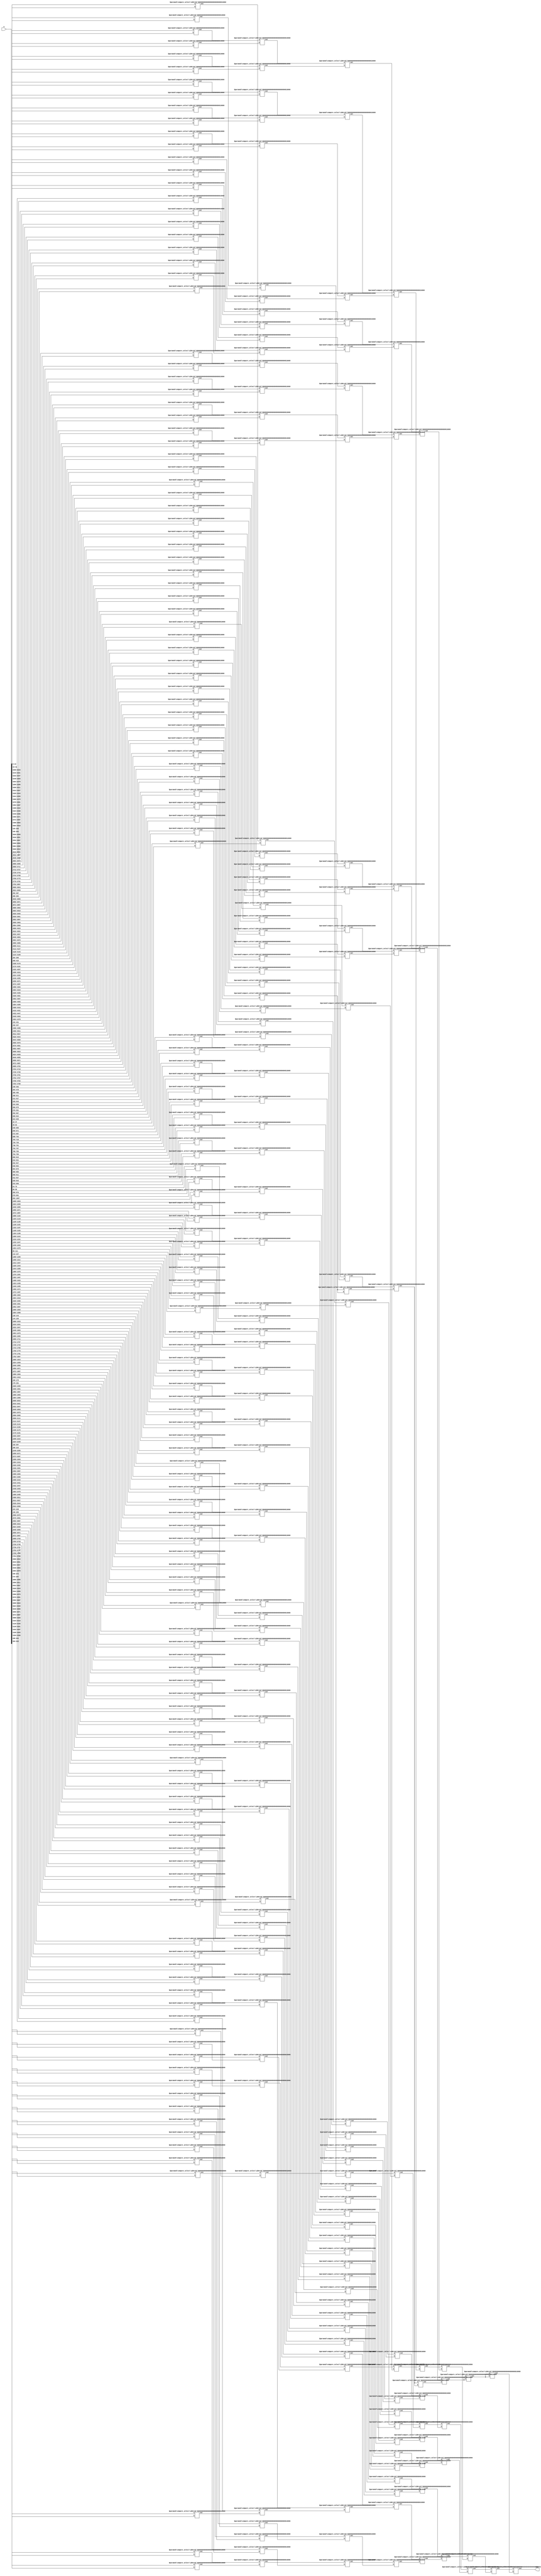
`timescale 1ns / 1ps

module max#(parameter NUM = 300, LEN = 16, LEVEL = $clog2(NUM) ) (
    input  [NUM*LEN-1:0] a,
    output [LEN-1:0] max
    );
    // C&S
    wire [LEN-1:0] a_inner[NUM-1:0]; 
    reg  [LEN-1:0] max_inner;
    genvar i;
    for ( i = 0; i < NUM ; i = i + 1)
    begin
        assign a_inner[i]=a[(i+1)*LEN-1:i*LEN];
    end
   
// 
//    reg  [LEVEL:0] LEVEL_START[LEVEL+1:0];
//    reg  [LEVEL:0] NUM_PER_LEVEL[LEVEL:0];
//    reg  [LEVEL:0] is_odd; //is_odd[k]k
//    reg  [LEVEL:0] temp;
//    integer j;
//    initial 
//    begin
//        LEVEL_START[0]    = 0;
//        LEVEL_START[1]    = NUM;
//        is_odd[0]         = NUM[0]==1  ? 1:0;
//        NUM_PER_LEVEL[0]  = NUM;
//        for (j = 1; j < LEVEL + 1 ; j = j + 1)
//        begin
//            temp              = NUM_PER_LEVEL[j-1] >> 1;
//            NUM_PER_LEVEL[j]  =  temp + is_odd[j-1];
//            LEVEL_START[j+1]  = LEVEL_START[j] + NUM_PER_LEVEL[j];
//            is_odd[j]         = NUM_PER_LEVEL[j][0] == 1? 1:0;
//        end
//    end
     
    // 
    // START_LEVELx             LEVELxindex 
    // NUM_INPUT_LEVELx         LEVELx
    // IS_ODD_NUM_INPUT_LEVELx  LEVELx
    // DIV2_NUM_LEVELx          LEVELx1
    // NUM_CS_LEVELx            LEVELxC&S,LEVEL(x+1)
    
    localparam   START_LEVEL0             =  0;
    localparam   NUM_INPUT_LEVEL0         =  NUM;
    localparam   IS_ODD_NUM_INPUT_LEVEL0  =  NUM_INPUT_LEVEL0[0] == 1? 1:0;
    localparam   DIV2_NUM_INPUT_LEVEL0    =  NUM_INPUT_LEVEL0 >> 1;
    localparam   NUM_CS_LEVEL0            =  (NUM_INPUT_LEVEL0==1)?0:DIV2_NUM_INPUT_LEVEL0 + IS_ODD_NUM_INPUT_LEVEL0;
            
    localparam   START_LEVEL1             =  START_LEVEL0 + NUM_INPUT_LEVEL0;
    localparam   NUM_INPUT_LEVEL1         =  NUM_CS_LEVEL0;
    localparam   IS_ODD_NUM_INPUT_LEVEL1  =  NUM_INPUT_LEVEL1[0] == 1? 1:0;
    localparam   DIV2_NUM_INPUT_LEVEL1    =  NUM_INPUT_LEVEL1 >> 1;
    localparam   NUM_CS_LEVEL1            =  (NUM_INPUT_LEVEL1==1)?0:DIV2_NUM_INPUT_LEVEL1 + IS_ODD_NUM_INPUT_LEVEL1;
                
    localparam   START_LEVEL2             =  START_LEVEL1 + NUM_INPUT_LEVEL1;
    localparam   NUM_INPUT_LEVEL2         =  NUM_CS_LEVEL1;
    localparam   IS_ODD_NUM_INPUT_LEVEL2  =  NUM_INPUT_LEVEL2[0] == 1? 1:0;
    localparam   DIV2_NUM_INPUT_LEVEL2    =  NUM_INPUT_LEVEL2 >> 1;
    localparam   NUM_CS_LEVEL2            =  (NUM_INPUT_LEVEL2==1)?0:DIV2_NUM_INPUT_LEVEL2 + IS_ODD_NUM_INPUT_LEVEL2;
  
    localparam   START_LEVEL3             =  START_LEVEL2 + NUM_INPUT_LEVEL2;
    localparam   NUM_INPUT_LEVEL3         =  NUM_CS_LEVEL2;
    localparam   IS_ODD_NUM_INPUT_LEVEL3  =  NUM_INPUT_LEVEL3[0]==1?1:0;
    localparam   DIV2_NUM_INPUT_LEVEL3    =  NUM_INPUT_LEVEL3>>1;
    localparam   NUM_CS_LEVEL3            =  (NUM_INPUT_LEVEL3==1)?0:DIV2_NUM_INPUT_LEVEL3 + IS_ODD_NUM_INPUT_LEVEL3;
    
    localparam   START_LEVEL4             =  START_LEVEL3 + NUM_INPUT_LEVEL3;
    localparam   NUM_INPUT_LEVEL4         =  NUM_CS_LEVEL3;
    localparam   IS_ODD_NUM_INPUT_LEVEL4  =  NUM_INPUT_LEVEL4[0]==1?1:0;
    localparam   DIV2_NUM_INPUT_LEVEL4    =  NUM_INPUT_LEVEL4>>1;
    localparam   NUM_CS_LEVEL4            =  (NUM_INPUT_LEVEL4==1)?0:DIV2_NUM_INPUT_LEVEL4 + IS_ODD_NUM_INPUT_LEVEL4;
    
    localparam   START_LEVEL5             =  START_LEVEL4 + NUM_INPUT_LEVEL4;
    localparam   NUM_INPUT_LEVEL5         =  NUM_CS_LEVEL4;
    localparam   IS_ODD_NUM_INPUT_LEVEL5  =  NUM_INPUT_LEVEL5[0]==1?1:0;
    localparam   DIV2_NUM_INPUT_LEVEL5    =  NUM_INPUT_LEVEL5>>1;
    localparam   NUM_CS_LEVEL5            =  (NUM_INPUT_LEVEL5==1)?0:DIV2_NUM_INPUT_LEVEL5 + IS_ODD_NUM_INPUT_LEVEL5;
    
    localparam   START_LEVEL6             =  START_LEVEL5 + NUM_INPUT_LEVEL5;
    localparam   NUM_INPUT_LEVEL6         =  NUM_CS_LEVEL5;
    localparam   IS_ODD_NUM_INPUT_LEVEL6  =  NUM_INPUT_LEVEL6[0]==1?1:0;
    localparam   DIV2_NUM_INPUT_LEVEL6    =  NUM_INPUT_LEVEL6>>1;
    localparam   NUM_CS_LEVEL6            =  (NUM_INPUT_LEVEL6==1)?0:DIV2_NUM_INPUT_LEVEL6 + IS_ODD_NUM_INPUT_LEVEL6;
    
    localparam   START_LEVEL7             =  START_LEVEL6 + NUM_INPUT_LEVEL6;
    localparam   NUM_INPUT_LEVEL7         =  NUM_CS_LEVEL6;
    localparam   IS_ODD_NUM_INPUT_LEVEL7  =  NUM_INPUT_LEVEL7[0]==1?1:0;
    localparam   DIV2_NUM_INPUT_LEVEL7    =  NUM_INPUT_LEVEL7>>1;
    localparam   NUM_CS_LEVEL7            =  (NUM_INPUT_LEVEL7==1)?0:DIV2_NUM_INPUT_LEVEL7 + IS_ODD_NUM_INPUT_LEVEL7;
    
    localparam   START_LEVEL8             =  START_LEVEL7 + NUM_INPUT_LEVEL7;
    localparam   NUM_INPUT_LEVEL8         =  NUM_CS_LEVEL7;
    localparam   IS_ODD_NUM_INPUT_LEVEL8  =  NUM_INPUT_LEVEL8[0]==1?1:0;
    localparam   DIV2_NUM_INPUT_LEVEL8    =  NUM_INPUT_LEVEL8>>1;
    localparam   NUM_CS_LEVEL8            =  (NUM_INPUT_LEVEL8==1)?0:DIV2_NUM_INPUT_LEVEL8 + IS_ODD_NUM_INPUT_LEVEL8;
    
    localparam   START_LEVEL9             =  START_LEVEL8 + NUM_INPUT_LEVEL8;
    localparam   NUM_INPUT_LEVEL9         =  NUM_CS_LEVEL8;
    localparam   IS_ODD_NUM_INPUT_LEVEL9  =  NUM_INPUT_LEVEL9[0]==1?1:0;
    localparam   DIV2_NUM_INPUT_LEVEL9    =  NUM_INPUT_LEVEL9>>1;
    localparam   NUM_CS_LEVEL9            =  (NUM_INPUT_LEVEL9==1)?0:DIV2_NUM_INPUT_LEVEL9 + IS_ODD_NUM_INPUT_LEVEL9;
    localparam   START_LEVEL10            =  START_LEVEL9 + NUM_INPUT_LEVEL9;
    
    
    wire [LEN-1:0] wire_inner[START_LEVEL10-1:0]; //1
    
    for (i = 0; i < NUM_INPUT_LEVEL0; i = i + 1) 
    begin
       assign wire_inner[i] = a_inner[i];
    end
    
    genvar index_num;
    generate
    for (index_num = 0; index_num < NUM_CS_LEVEL0-IS_ODD_NUM_INPUT_LEVEL0; index_num = index_num + 1)
    begin
        compare_select#(.LEN(LEN)) level0(.a(wire_inner[START_LEVEL0+2*index_num]),.b(wire_inner[START_LEVEL0+2*index_num+1]),.out(wire_inner[START_LEVEL1+index_num]));
    end
    if(IS_ODD_NUM_INPUT_LEVEL0 && (NUM_CS_LEVEL0>0))
        compare_select#(.LEN(LEN)) level0_last(.a(wire_inner[START_LEVEL0+2*(NUM_CS_LEVEL0-1)]),.b(wire_inner[START_LEVEL0+2*(NUM_CS_LEVEL0-1)]),.out(wire_inner[START_LEVEL1+NUM_CS_LEVEL0 - 1]));
    
    for (index_num = 0; index_num < NUM_CS_LEVEL1-IS_ODD_NUM_INPUT_LEVEL1; index_num = index_num + 1)
    begin
        compare_select#(.LEN(LEN)) level1(.a(wire_inner[START_LEVEL1+2*index_num]),.b(wire_inner[START_LEVEL1+2*index_num+1]),.out(wire_inner[START_LEVEL2+index_num]));
    end
    if(IS_ODD_NUM_INPUT_LEVEL1 && (NUM_CS_LEVEL1>0))
        compare_select#(.LEN(LEN)) level1_last(.a(wire_inner[START_LEVEL1+2*(NUM_CS_LEVEL1-1)]),.b(wire_inner[START_LEVEL1+2*(NUM_CS_LEVEL1-1)]),.out(wire_inner[START_LEVEL2+NUM_CS_LEVEL1 - 1]));
    
    for (index_num = 0; index_num < NUM_CS_LEVEL2-IS_ODD_NUM_INPUT_LEVEL2; index_num = index_num + 1)
    begin
        compare_select#(.LEN(LEN)) level2(.a(wire_inner[START_LEVEL2+2*index_num]),.b(wire_inner[START_LEVEL2+2*index_num+1]),.out(wire_inner[START_LEVEL3+index_num]));
    end
    if(IS_ODD_NUM_INPUT_LEVEL2 && (NUM_CS_LEVEL2>0))
        compare_select#(.LEN(LEN)) level2_last(.a(wire_inner[START_LEVEL2+2*(NUM_CS_LEVEL2-1)]),.b(wire_inner[START_LEVEL2+2*(NUM_CS_LEVEL2-1)]),.out(wire_inner[START_LEVEL3+NUM_CS_LEVEL2 - 1]));
    
    for (index_num = 0; index_num < NUM_CS_LEVEL3-IS_ODD_NUM_INPUT_LEVEL3; index_num = index_num + 1)
    begin
        compare_select#(.LEN(LEN)) level3(.a(wire_inner[START_LEVEL3+2*index_num]),.b(wire_inner[START_LEVEL3+2*index_num+1]),.out(wire_inner[START_LEVEL4+index_num]));
    end
    if(IS_ODD_NUM_INPUT_LEVEL3 && (NUM_CS_LEVEL3>0))
        compare_select#(.LEN(LEN)) level3_last(.a(wire_inner[START_LEVEL3+2*(NUM_CS_LEVEL3-1)]),.b(wire_inner[START_LEVEL3+2*(NUM_CS_LEVEL3-1)]),.out(wire_inner[START_LEVEL4+NUM_CS_LEVEL3 - 1]));
    
    for (index_num = 0; index_num < NUM_CS_LEVEL4-IS_ODD_NUM_INPUT_LEVEL4; index_num = index_num + 1)
    begin
        compare_select#(.LEN(LEN)) level4(.a(wire_inner[START_LEVEL4+2*index_num]),.b(wire_inner[START_LEVEL4+2*index_num+1]),.out(wire_inner[START_LEVEL5+index_num]));
    end
    if(IS_ODD_NUM_INPUT_LEVEL4 && (NUM_CS_LEVEL4>0))
        compare_select#(.LEN(LEN)) level4_last(.a(wire_inner[START_LEVEL4+2*(NUM_CS_LEVEL4-1)]),.b(wire_inner[START_LEVEL4+2*(NUM_CS_LEVEL4-1)]),.out(wire_inner[START_LEVEL5+NUM_CS_LEVEL4 - 1]));
    
    for (index_num = 0; index_num < NUM_CS_LEVEL5-IS_ODD_NUM_INPUT_LEVEL5; index_num = index_num + 1)
    begin
        compare_select#(.LEN(LEN)) level5(.a(wire_inner[START_LEVEL5+2*index_num]),.b(wire_inner[START_LEVEL5+2*index_num+1]),.out(wire_inner[START_LEVEL6+index_num]));
    end
    if(IS_ODD_NUM_INPUT_LEVEL5 && (NUM_CS_LEVEL5>0))
        compare_select#(.LEN(LEN)) level5_last(.a(wire_inner[START_LEVEL5+2*(NUM_CS_LEVEL5-1)]),.b(wire_inner[START_LEVEL5+2*(NUM_CS_LEVEL5-1)]),.out(wire_inner[START_LEVEL6+NUM_CS_LEVEL5 - 1]));
    
    for (index_num = 0; index_num < NUM_CS_LEVEL6-IS_ODD_NUM_INPUT_LEVEL6; index_num = index_num + 1)
    begin
        compare_select#(.LEN(LEN)) level6(.a(wire_inner[START_LEVEL6+2*index_num]),.b(wire_inner[START_LEVEL6+2*index_num+1]),.out(wire_inner[START_LEVEL7+index_num]));
    end
    if(IS_ODD_NUM_INPUT_LEVEL6 && (NUM_CS_LEVEL6>0))
        compare_select#(.LEN(LEN)) level6_last(.a(wire_inner[START_LEVEL6+2*(NUM_CS_LEVEL6-1)]),.b(wire_inner[START_LEVEL6+2*(NUM_CS_LEVEL6-1)]),.out(wire_inner[START_LEVEL7+NUM_CS_LEVEL6 - 1]));
    
    for (index_num = 0; index_num < NUM_CS_LEVEL7-IS_ODD_NUM_INPUT_LEVEL7; index_num = index_num + 1)
    begin
        compare_select#(.LEN(LEN)) level7(.a(wire_inner[START_LEVEL7+2*index_num]),.b(wire_inner[START_LEVEL7+2*index_num+1]),.out(wire_inner[START_LEVEL8+index_num]));
    end
    if(IS_ODD_NUM_INPUT_LEVEL7 && (NUM_CS_LEVEL7>0))
        compare_select#(.LEN(LEN)) level7_last(.a(wire_inner[START_LEVEL7+2*(NUM_CS_LEVEL7-1)]),.b(wire_inner[START_LEVEL7+2*(NUM_CS_LEVEL7-1)]),.out(wire_inner[START_LEVEL8+NUM_CS_LEVEL7 - 1]));
    
    for (index_num = 0; index_num < NUM_CS_LEVEL8-IS_ODD_NUM_INPUT_LEVEL8; index_num = index_num + 1)
    begin
        compare_select#(.LEN(LEN)) level8(.a(wire_inner[START_LEVEL8+2*index_num]),.b(wire_inner[START_LEVEL8+2*index_num+1]),.out(wire_inner[START_LEVEL9+index_num]));
    end
    if(IS_ODD_NUM_INPUT_LEVEL8 && (NUM_CS_LEVEL8>0))
        compare_select#(.LEN(LEN)) level8_last(.a(wire_inner[START_LEVEL8+2*(NUM_CS_LEVEL8-1)]),.b(wire_inner[START_LEVEL8+2*(NUM_CS_LEVEL8-1)]),.out(wire_inner[START_LEVEL9+NUM_CS_LEVEL8 - 1]));
    
    for (index_num = 0; index_num < NUM_CS_LEVEL9-IS_ODD_NUM_INPUT_LEVEL9; index_num = index_num + 1)
    begin
        compare_select#(.LEN(LEN)) level9(.a(wire_inner[START_LEVEL9+2*index_num]),.b(wire_inner[START_LEVEL9+2*index_num+1]),.out(wire_inner[START_LEVEL10+index_num]));
    end
    if(IS_ODD_NUM_INPUT_LEVEL9 && (NUM_CS_LEVEL9>0))
        compare_select#(.LEN(LEN)) level9_last(.a(wire_inner[START_LEVEL9+2*(NUM_CS_LEVEL9-1)]),.b(wire_inner[START_LEVEL9+2*(NUM_CS_LEVEL9-1)]),.out(wire_inner[START_LEVEL10+NUM_CS_LEVEL9 - 1]));
    endgenerate
    
    always@*
    begin
        max_inner = wire_inner[START_LEVEL10-1];
    end
    
    assign max = max_inner;
endmodule

// a is the right input port & b is the left input port.
module compare_select#(parameter LEN = 16)(
    input  signed [LEN-1:0] a,
    input  signed [LEN-1:0] b,
    output signed [LEN-1:0] out
    );
    
    reg signed [LEN-1:0] out_inner;
    
    always @* begin
        if (a>b)
        begin
            out_inner = a;
        end
        else begin 
            out_inner = b;
        end
    end
    
    assign out = out_inner;
endmodule